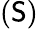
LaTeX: (\textsf{S})